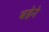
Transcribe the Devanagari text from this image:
बहेने